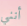
أنني